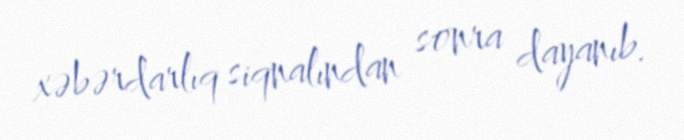
xəbərdarlıq siqnalından sonra dayanıb.